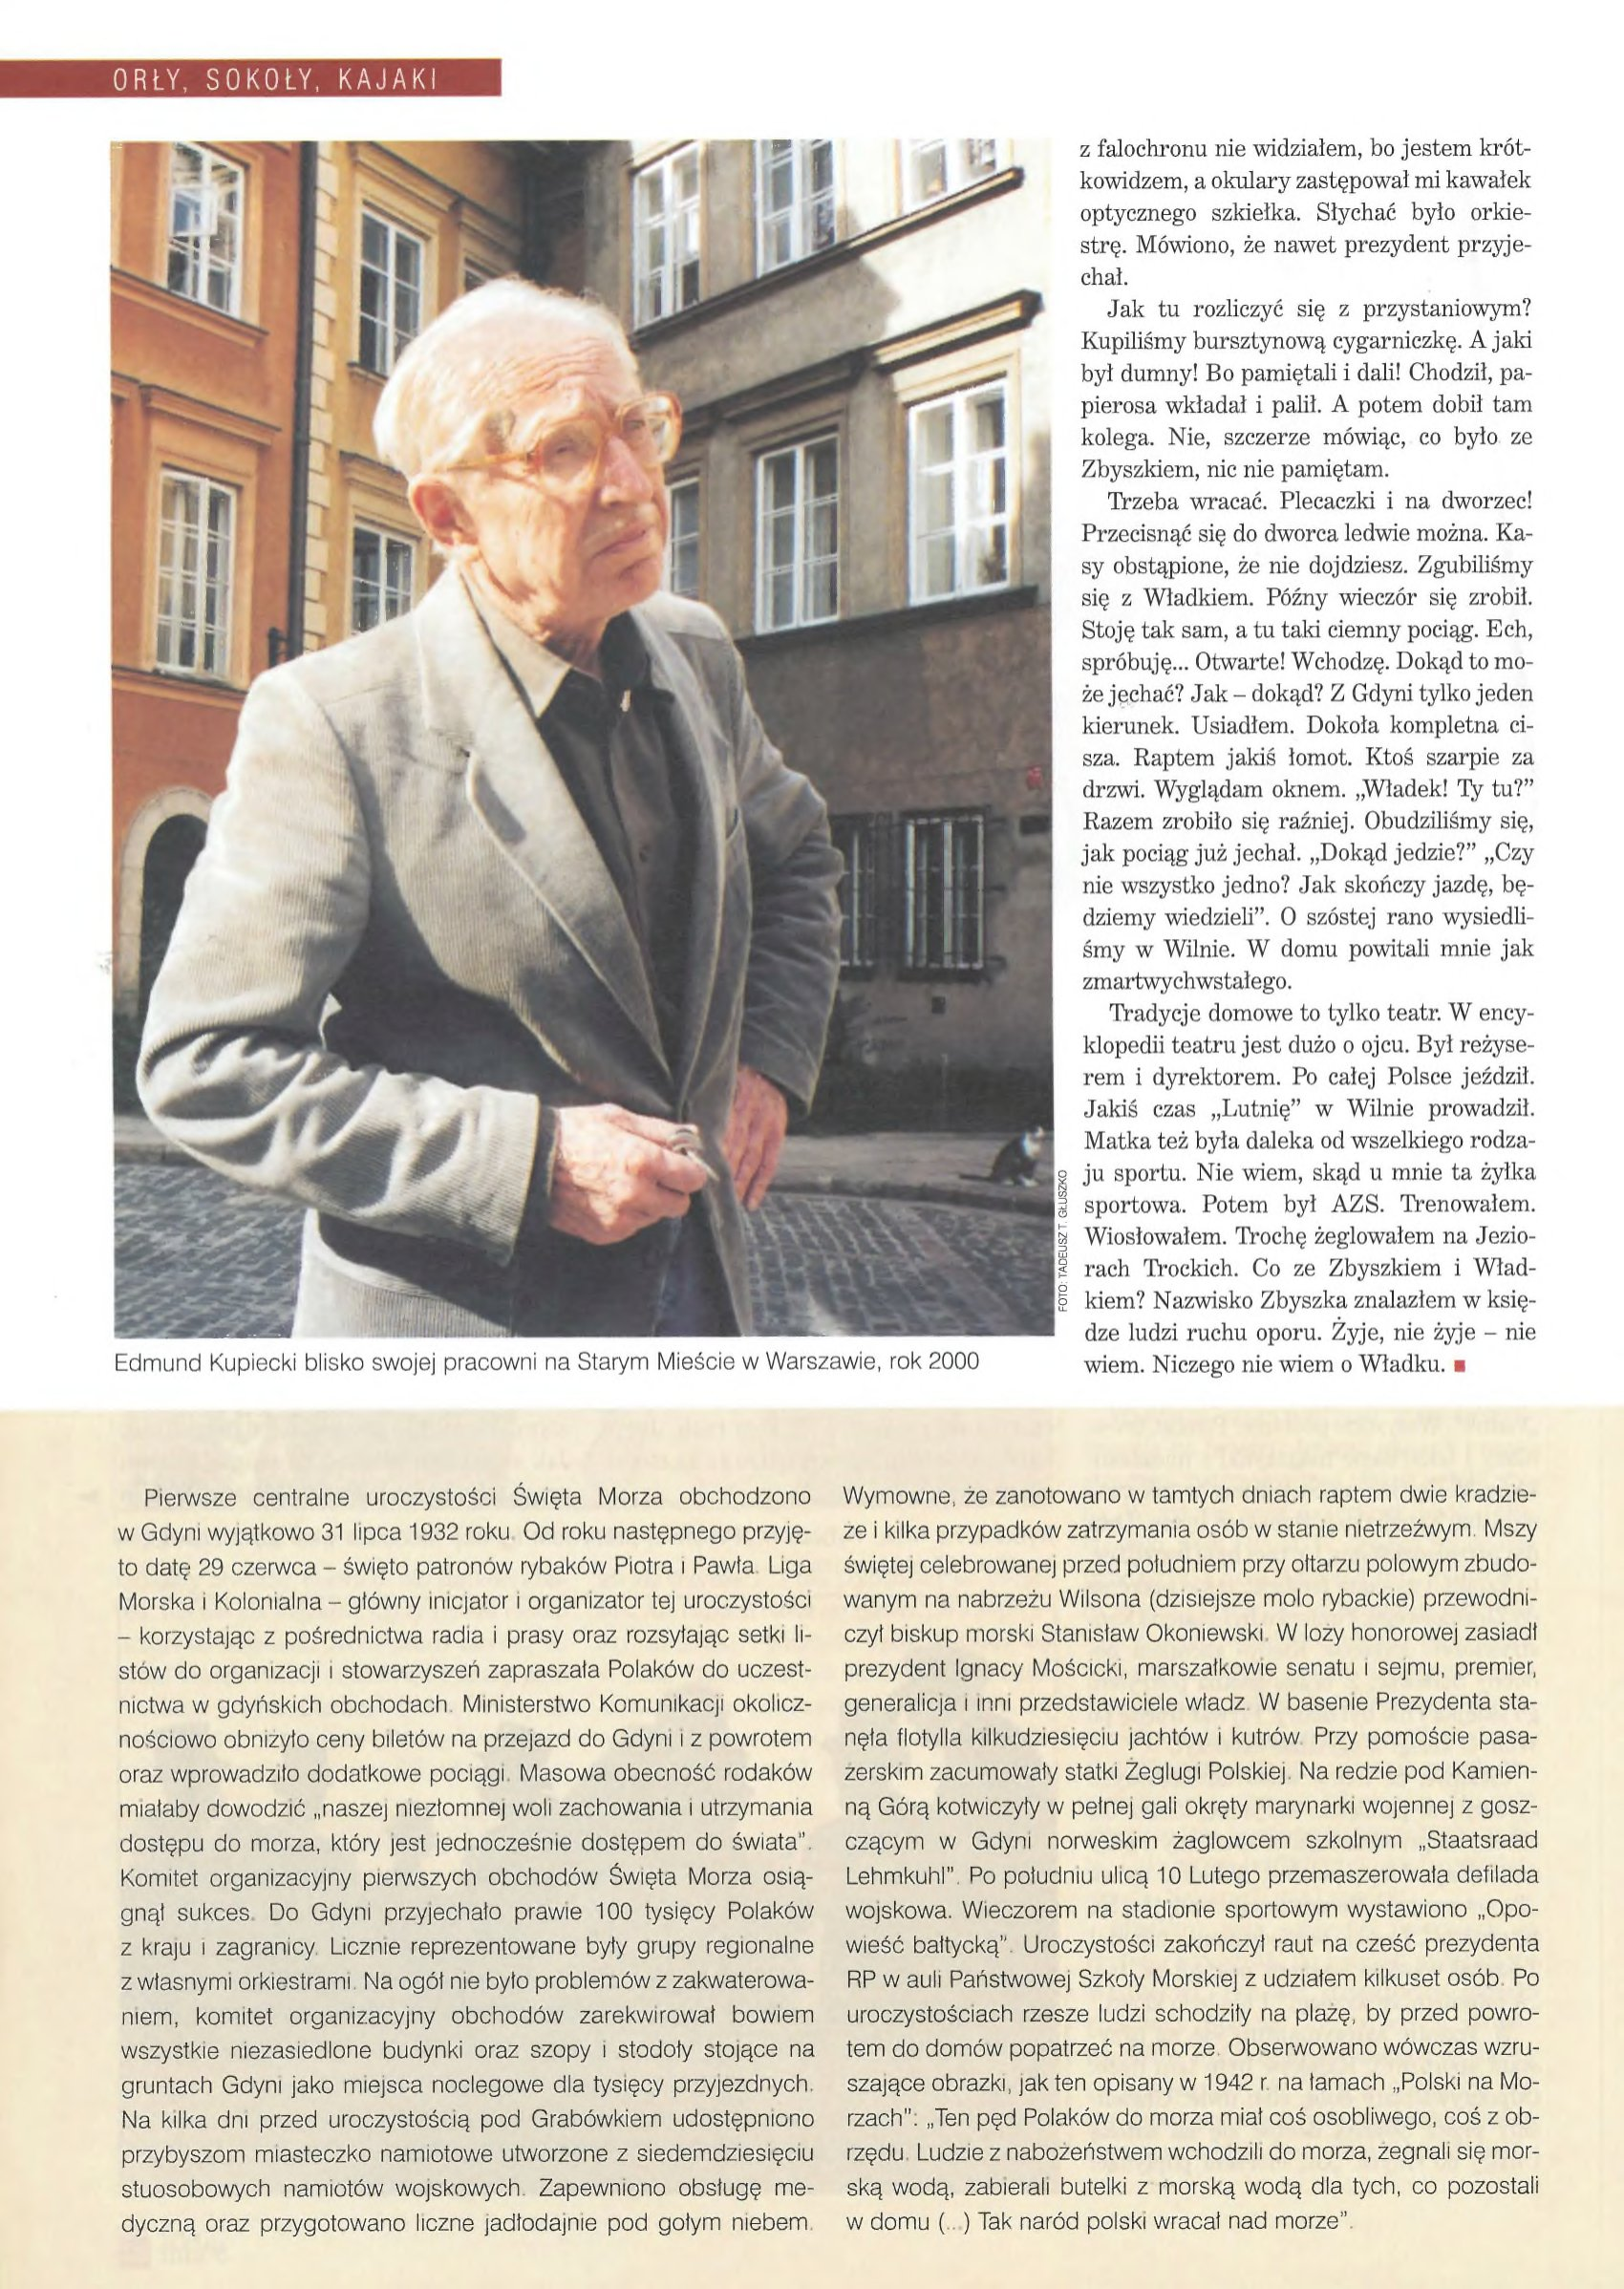
Language: pl